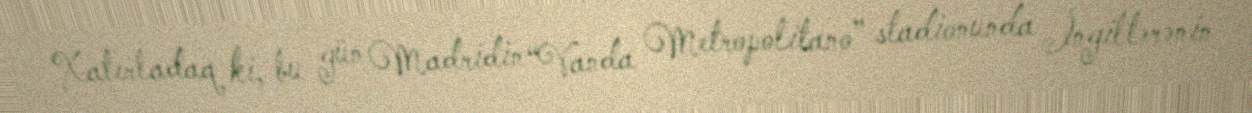
Xatırladaq ki, bu gün Madridin “Vanda Metropolitano” stadionunda İngiltərənin